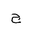
Letter: _gim